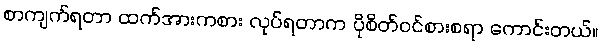
စာကျက်ရတာ ထက်အားကစား လုပ်ရတာက ပိုစိတ်ဝင်စားစရာ ကောင်းတယ်။